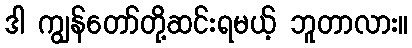
ဒါ ကျွန်တော်တို့ဆင်းရမယ့် ဘူတာလား။